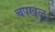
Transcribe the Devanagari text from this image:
चपखळ